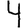
Digit: 4